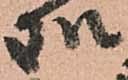
処